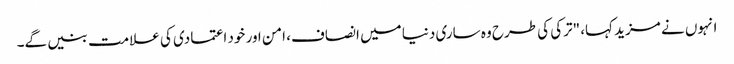
انہوں نے مزید کہا، "ترکی کی طرح وہ ساری دنیا میں انصاف، امن اور خود اعتمادی کی علامت بنیں گے۔